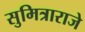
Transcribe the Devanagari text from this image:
सुमित्राराजे